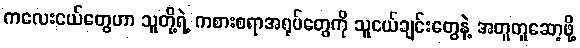
ကလေးငယ်တွေဟာ သူတို့ရဲ့ ကစားစရာအရုပ်တွေကို သူငယ်ချင်းတွေနဲ့ အတူတူဆော့ဖို့